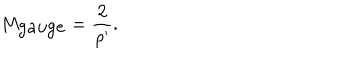
LaTeX: M _ { \mathrm { g a u g e } } = \frac { 2 } { \rho ^ { \prime } } .